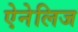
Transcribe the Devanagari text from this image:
ऐनेलिज